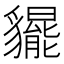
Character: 𧴞